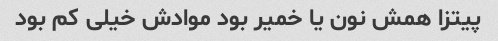
پیتزا همش نون یا خمیر بود موادش خیلی کم بود